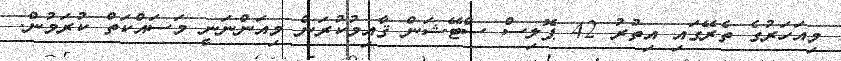
މިއަހަރުގެ ތެރޭގައި އިތުރު 42 ޕޮލިސް ސްޓޭޝަން ޤާއިމުކުރަން މިއަންނަނީ މަސައްކަތް ކުރަމުން.